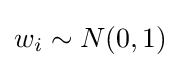
w_{i}\sim N(0,1)